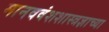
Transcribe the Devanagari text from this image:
मानववंशशास्त्रज्ञाच्या